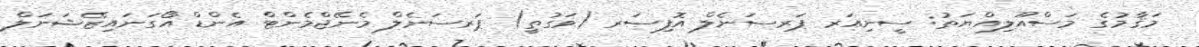
މަޤާމުގެ މަސްއޫލިއްޔަތު: ސީނިއަރ ޕަރސަނެލް އޮފިސަރ (ވަގުތީ) ޕަރސަނެލް މެނޭޖްމެންޓް އެންޑް އޯގަނައިޒޭޝަނަލް